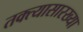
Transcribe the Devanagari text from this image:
तक्त्यासारख्या